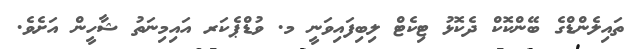
ތައިލެންޑްގެ ބޭންކޮކް ދެކޮޅު ޓިކެޓް ލިބިފައިވަނީ މ. ވުޑްޕެކަރ އައިމިނަތު ޝާހީން އަށެވެ.